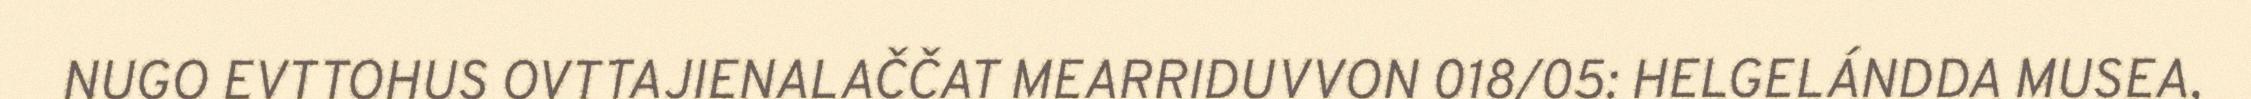
NUGO EVTTOHUS OVTTAJIENALAČČAT MEARRIDUVVON 018/05: HELGELÁNDDA MUSEA,